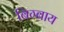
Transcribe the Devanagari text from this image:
बिग्बाय